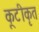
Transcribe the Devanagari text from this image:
कूटीकृत